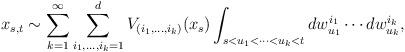
LaTeX: \begin{align*}x_{s,t}\sim\sum_{k=1}^{\infty}\sum_{i_{1},\ldots,i_{k}=1}^{d}V_{(i_{1},\ldots,i_{k})}(x_{s})\int_{s<u_{1}<\cdots<u_{k}<t}dw_{u_{1}}^{i_{1}}\cdots dw_{u_{k}}^{i_{k}},\end{align*}